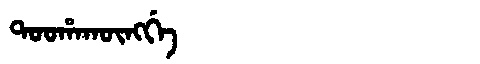
Manchu: ᡨᠣᠣᡥᠠᡴᡡᠩᡤᡝ
Romanization: TOOHAKŪNGGE